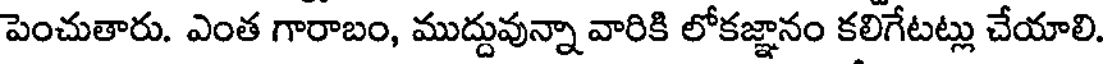
పెంచుతారు. ఎంత గారాబం, ముద్దువున్నా వారికి లోకజ్ఞానం కలిగేటట్లు చేయాలి.